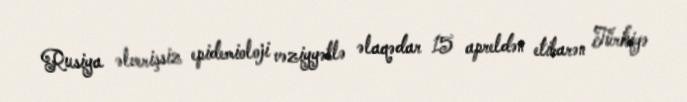
Rusiya əlverişsiz epidemioloji vəziyyətlə əlaqədar 15 apreldən etibarən Türkiyə